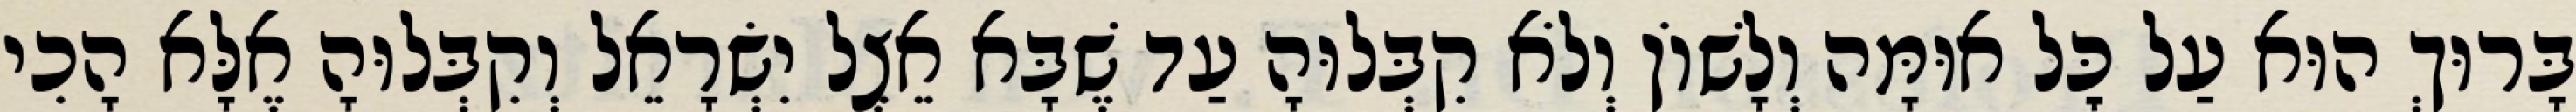
בָּרוּךְ הוּא עַל כׇּל אוּמָּה וְלָשׁוֹן וְלֹא קִבְּלוּהָ עַד שֶׁבָּא אֵצֶל יִשְׂרָאֵל וְקִבְּלוּהָ אֶלָּא הָכִי